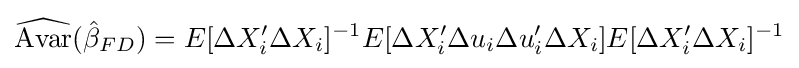
{\widehat {\text{Avar}}}({\hat {\beta }}_{FD})=E[\Delta X_{i}'\Delta X_{i}]^{-1}E[\Delta X_{i}'\Delta u_{i}\Delta u_{i}'\Delta X_{i}]E[\Delta X_{i}'\Delta X_{i}]^{-1}